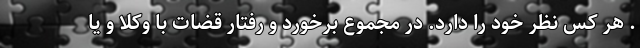
. هر کس نظر خود را دارد. در مجموع برخورد و رفتار قضات با وکلا و یا